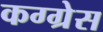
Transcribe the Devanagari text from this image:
कग्ग्रेस